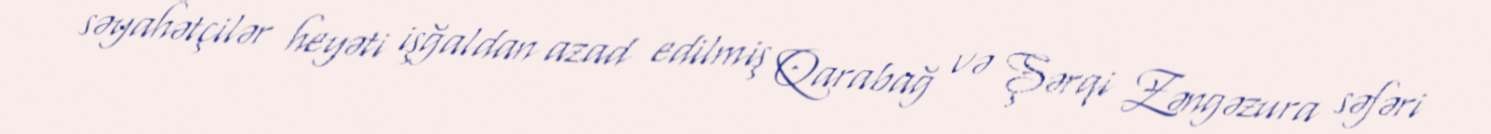
səyahətçilər heyəti işğaldan azad edilmiş Qarabağ və Şərqi Zəngəzura səfəri